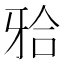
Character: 𬌗